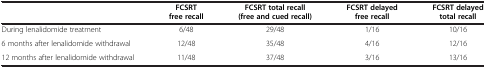
|  | FCSRT free recall | FCSRT total recall (free and cued recall) | FCSRT delayed free recall | FCSRT delayed total recall |
 | --- | --- | --- | --- | --- |
 | During lenalidomide treatment | 6/48 | 29/48 | 1/16 | 10/16 |
 | 6 months after lenalidomide withdrawal | 12/48 | 35/48 | 4/16 | 12/16 |
 | 12 months after lenalidomide withdrawal | 11/48 | 37/48 | 3/16 | 13/16 |